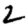
Digit: 2